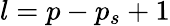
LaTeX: l=p-p_{s}+1